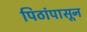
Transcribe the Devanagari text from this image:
पिठांपासून